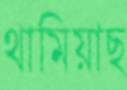
থামিয়াছ